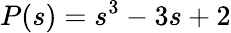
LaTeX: P(s)=s^{3}-3s+2